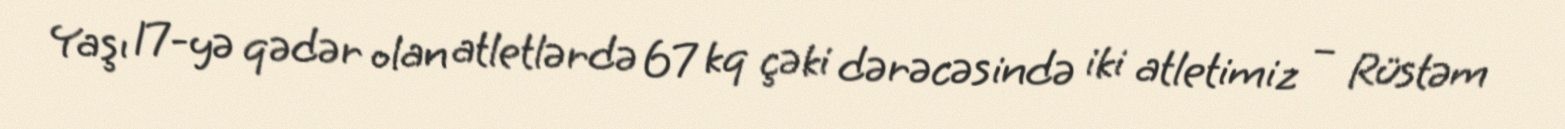
Yaşı 17-yə qədər olan atletlərdə 67 kq çəki dərəcəsində iki atletimiz – Rüstəm